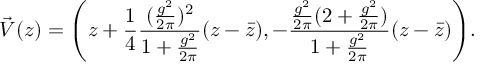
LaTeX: \vec { V } ( z ) = \Biggl ( z + { \frac { 1 } { 4 } } { \frac { ( { \frac { g ^ { 2 } } { 2 \pi } } ) ^ { 2 } } { 1 + { \frac { g ^ { 2 } } { 2 \pi } } } } ( z - \bar { z } ) , - { \frac { { \frac { g ^ { 2 } } { 2 \pi } } ( 2 + { \frac { g ^ { 2 } } { 2 \pi } } ) } { 1 + { \frac { g ^ { 2 } } { 2 \pi } } } } ( z - \bar { z } ) \Biggr ) .